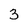
Character: 3